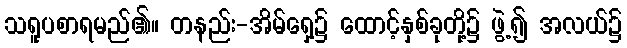
သရူပစာရမည်၏။ တနည်း-အိမ်ရှေ့၌ ထောင့်နှစ်ခုတို့၌ ဖွဲ့၍ အလယ်၌